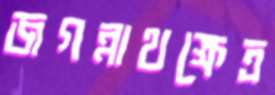
জগন্নাথক্ষেত্র